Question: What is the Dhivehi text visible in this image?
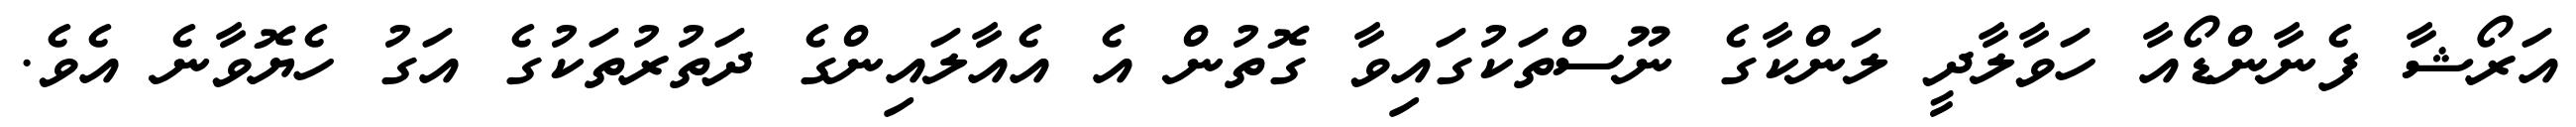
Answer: އަރޯޝާ ފެނާންޑޯއާ ހަވާލާދީ ލަންކާގެ ނޫސްތަކުގައިވާ ގޮތުން އެ އެއާލައިންގެ ދަތުރުތަކުގެ އަގު ހެޔޮވާނެ އެވެ.